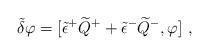
LaTeX: \begin{align*}\tilde{\delta} \varphi = [ \tilde{\epsilon}^+ \widetilde{Q}^+ +\tilde{\epsilon}^- \widetilde{Q}^- , \varphi ] ~,\end{align*}